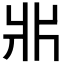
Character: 𤕰